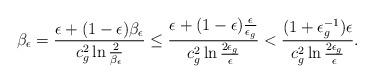
LaTeX: \begin{align*}\beta_\epsilon=\frac{\epsilon+(1-\epsilon)\beta_\epsilon}{c_g^2 \ln \tfrac{2}{\beta_\epsilon}} \le \frac{\epsilon+(1-\epsilon)\tfrac{\epsilon}{\epsilon_g}}{c_g^2\ln \tfrac{2\epsilon_g}{\epsilon}}<\frac{(1+\epsilon_g^{-1})\epsilon}{c_g^2\ln \tfrac{2\epsilon_g}{\epsilon}}.\end{align*}